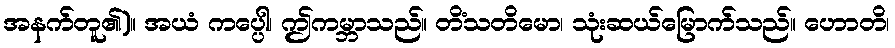
အနက်တူ၏)။ အယံ ကပ္ပေါ၊ ဤကမ္ဘာသည်။ တိံသတိမော၊ သုံးဆယ်မြောက်သည်။ ဟောတိ၊